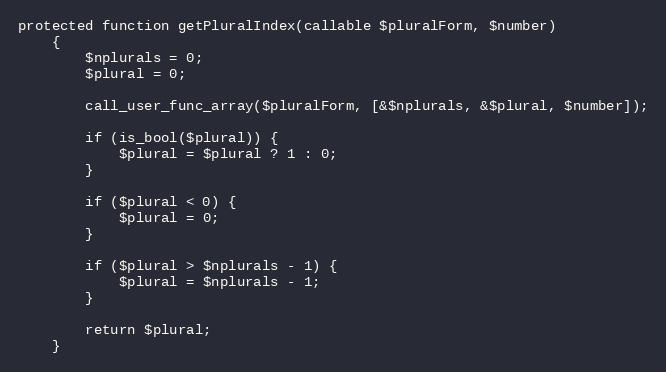
Language: PHP
protected function getPluralIndex(callable $pluralForm, $number)
    {
        $nplurals = 0;
        $plural = 0;

        call_user_func_array($pluralForm, [&$nplurals, &$plural, $number]);

        if (is_bool($plural)) {
            $plural = $plural ? 1 : 0;
        }

        if ($plural < 0) {
            $plural = 0;
        }

        if ($plural > $nplurals - 1) {
            $plural = $nplurals - 1;
        }

        return $plural;
    }